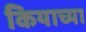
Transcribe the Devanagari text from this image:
कियाच्या